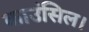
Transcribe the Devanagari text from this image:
काउंसिल।